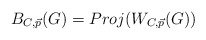
\begin{align*}B_{C, \vec{p}}(G) = Proj(W_{C, \vec{p}}(G))\\\end{align*}